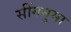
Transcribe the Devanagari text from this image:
सींगनुमा